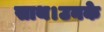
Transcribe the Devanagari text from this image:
साथ।उनके